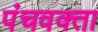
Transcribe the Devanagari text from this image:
पंचवक्ता